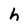
Character: h